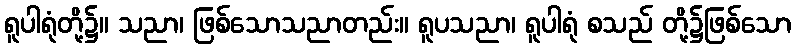
ရူပါရုံတို့၌။ သညာ၊ ဖြစ်သောသညာတည်း။ ရူပသညာ၊ ရူပါရုံ စသည် တို့၌ဖြစ်သော